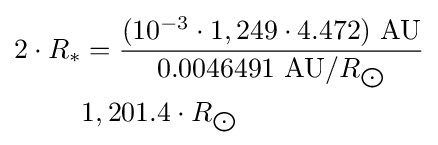
{\begin{aligned}2\cdot R_{*}&={\frac {(10^{-3}\cdot 1,249\cdot 4.472)\ {\text{AU}}}{0.0046491\ {\text{AU}}/R_{\bigodot }}}\\&1,201.4\cdot R_{\bigodot }\end{aligned}}